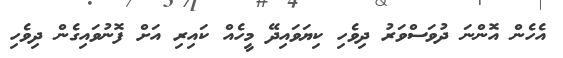
އެހެން އޮންނަ ދުވަސްވަރު ދިވެހި ކިޔަވައިދޭ މީހެއް ކައިރި އަށް ފޮނުވައިގެން ދިވެހި